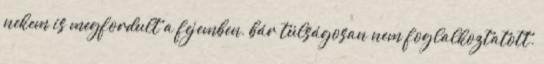
nekem is megfordult a fejemben, bár túlságosan nem foglalkoztatott.